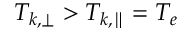
T _ { k , \perp } > T _ { k , \parallel } = T _ { e }